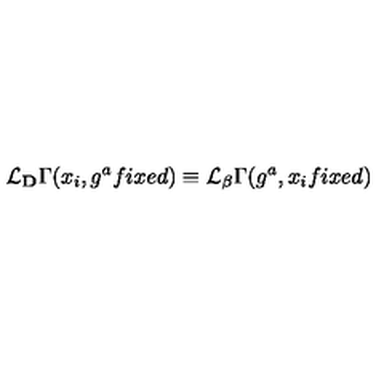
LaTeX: { \cal L } _ { \bf D } \Gamma ( x _ { i } , g ^ { a } f i x e d ) \equiv { \cal L } _ { \bf \beta } \Gamma ( g ^ { a } , x _ { i } f i x e d )